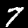
Label: 7